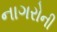
નાગરોની